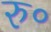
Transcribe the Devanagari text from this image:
रु॰